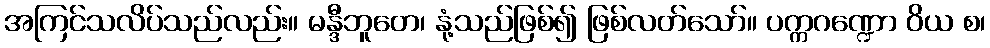
အကြင်သလိပ်သည်လည်း။ မန္ဒီဘူတေ၊ နုံ့သည်ဖြစ်၍ ဖြစ်လတ်သော်။ ပက္ကဂဏ္ဍော ဝိယ စ၊